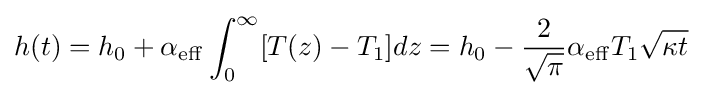
h(t)=h_{0}+\alpha _{\mathrm {eff} }\int _{0}^{\infty }[T(z)-T_{1}]dz=h_{0}-{\frac {2}{\sqrt {\pi }}}\alpha _{\mathrm {eff} }T_{1}{\sqrt {\kappa t}}